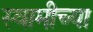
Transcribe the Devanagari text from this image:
स्‍वामीच्‍या